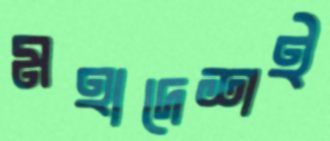
মহাদেশই